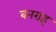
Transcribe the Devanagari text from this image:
बनराइ